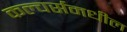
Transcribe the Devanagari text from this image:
कल्चर्समधील